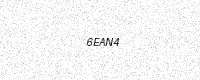
Text: 6EAN4